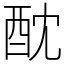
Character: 酖